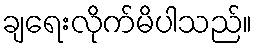
ချရေးလိုက်မိပါသည်။